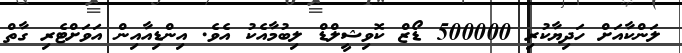
ލަންކާއަށް ހަދިޔާކުރި 500000 ޑޯޒް ކޮވިޝީލްޑް ލިބުމާއެކު އެވެ. އިންޑިއާއިން އަވަށްޓެރި ގާތް